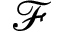
\mathcal F